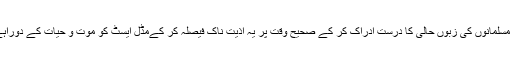
مغربی کلیسا نے مسلمانوں کی زبوں حالی کا درست ادراک کر کے صحیح وقت پر یہ اذیت ناک فیصلہ کر کےمڈل ایسٹ کو موت و حیات کے دوراہے پہ لا کھڑا کیا۔